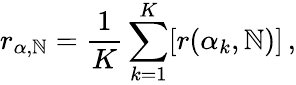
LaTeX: r_{\alpha,\mathbb{N}}=\frac{{1}}{{K}}\sum_{k=1}^{K}[r(\alpha_{k},\mathbb{N})]\, ,